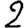
Digit: 2